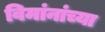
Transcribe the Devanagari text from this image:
विमांनांच्या